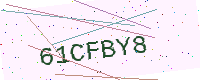
Text: 61CFBY8